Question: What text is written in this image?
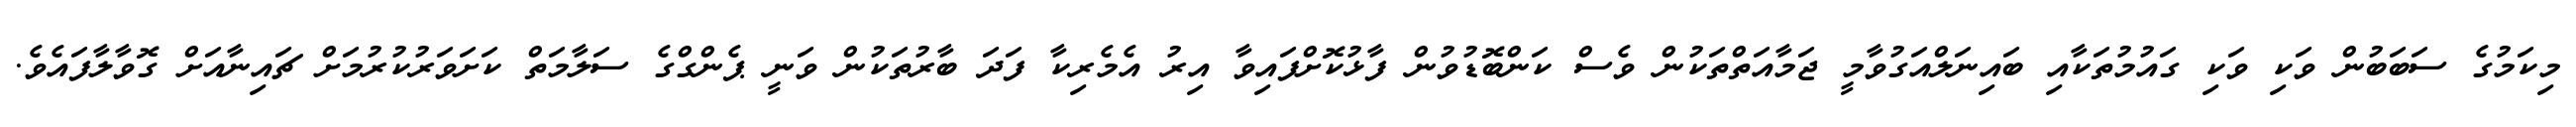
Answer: މިކަމުގެ ސަބަބުން ވަކި ވަކި ގައުމުތަކާއި ބައިނަލްއަގުވާމީ ޖަމާއަތްތަކުން ވެސް ކަންބޮޑުވުން ފާޅުކޮށްފައިވާ އިރު އެމެރިކާ ފަދަ ބާރުތަކުން ވަނީ ޕެންގްގެ ސަލާމަތް ކަށަވަރުކުރުމަށް ޗައިނާއަށް ގޮވާލާފައެވެ.